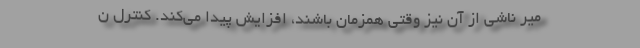
میر ناشی از آن نیز وقتی همزمان باشند، افزایش پیدا می‌کند. کنترل ن